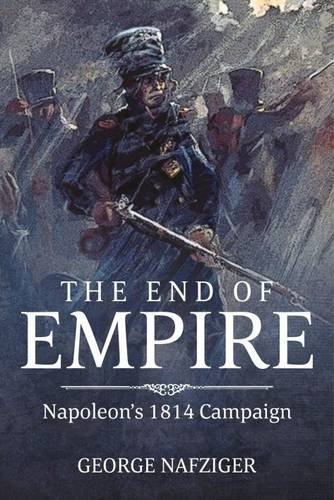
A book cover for The End of Empire: Napoleon's 1814 Campaign; George F. Nafziger; History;